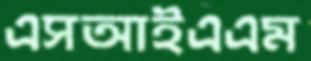
এসআইএএম